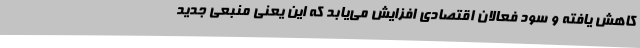
کاهش یافته و سود فعالان اقتصادی افزایش می‌یابد که این یعنی منبعی جدید